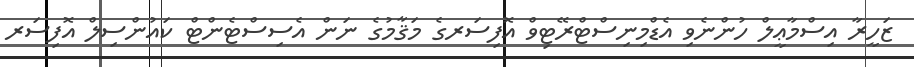
ޒަހީރާ އިސްމާޢީލް ހުންނެވި އެޑްމިނިސްޓްރޭޓިވް އޮފިސަރގެ މަޤާމުގެ ނަން އެސިސްޓެންޓް ކައުންސިލް އޮފިސަރ